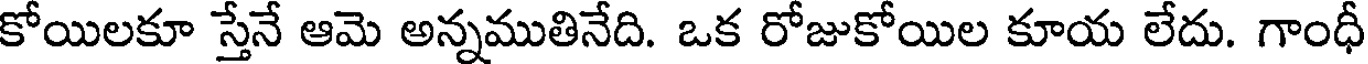
కోయిలకూ స్తేనే ఆమె అన్నముతినేది. ఒక రోజుకోయిల కూయ లేదు. గాంధీ